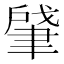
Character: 肈